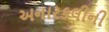
અનારકલીની